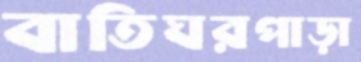
বাতিঘরপাড়া